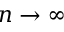
n \to \infty